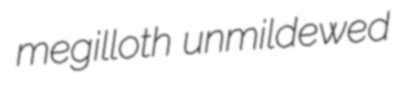
megilloth unmildewed